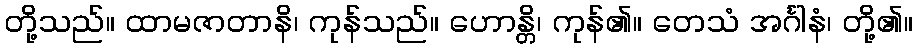
တို့သည်။ ထာမဇာတာနိ၊ ကုန်သည်။ ဟောန္တိ၊ ကုန်၏။ တေသံ အင်္ဂါနံ၊ တို့၏။